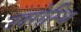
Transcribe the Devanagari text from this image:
उदरोस्थि